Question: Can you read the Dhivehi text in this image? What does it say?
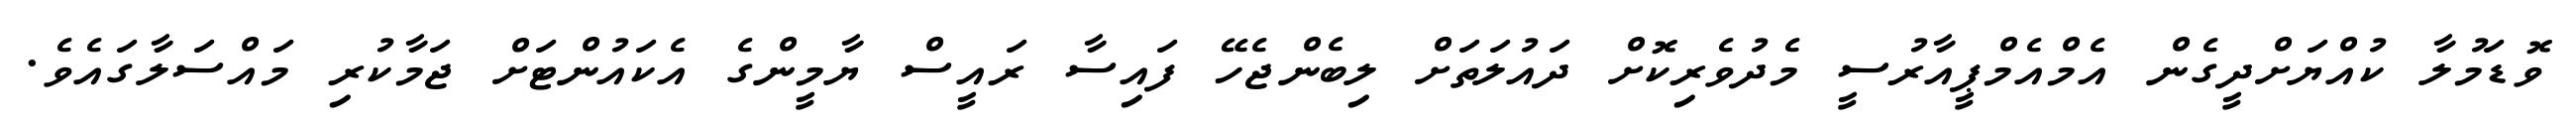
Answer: ވޮޑަމުލާ ކުއްޔަށްދީގެން އެމްއެމްޕީއާރުސީ މެދުވެރިކޮށް ދައުލަތަށް ލިބެންޖެހޭ ފައިސާ ރައީސް ޔާމީންގެ އެކައުންޓަށް ޖަމާކުރި މައްސަލާގައެވެ.